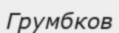
Грумбков